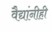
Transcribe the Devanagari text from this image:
वैद्यांनीही